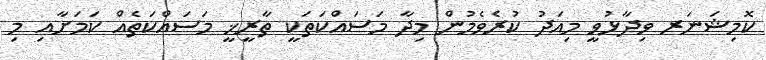
ކޮމިޝަނަރ ވިދާޅުވީ މިއަދު ކުރެވެމުން މިދާ މަސައްކަތަކީ ތާރީޚީ މަސައްކަތެއް ކަމަށާއި މި